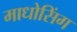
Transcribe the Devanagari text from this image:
माधोसिंग